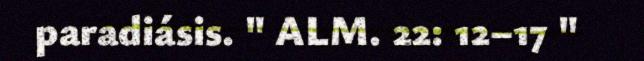
paradiásis. " ALM. 22: 12–17 "